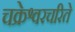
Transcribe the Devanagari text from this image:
चक्रेश्वरचरिते